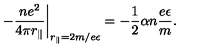
\left. - \frac { n e ^ { 2 } } { 4 \pi r _ { \Vert } } \right\vert _ { r _ { \Vert } = 2 m / e \epsilon } = - \frac 1 2 \alpha n \frac { e \epsilon } { m } .